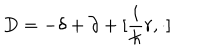
LaTeX: D = - \delta + \partial + [ \frac { i } { \hbar } r , \cdot ]